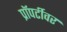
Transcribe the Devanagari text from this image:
प्रॉपर्टीवर